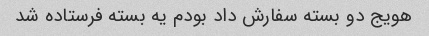
هویج دو بسته سفارش داد بودم یه بسته فرستاده شد